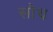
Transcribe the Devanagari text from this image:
सोथ